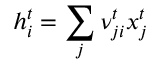
h _ { i } ^ { t } = \sum _ { j } \nu _ { j i } ^ { t } x _ { j } ^ { t }